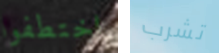
اختطفوا تشرب